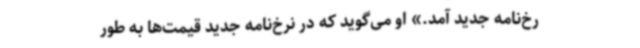
رخ‌نامه جدید آمد.» او می‌گوید که در نرخ‌نامه جدید قیمت‌ها به‌ طور